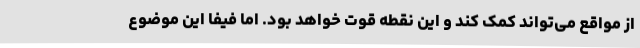
از مواقع می‌تواند کمک کند و این نقطه قوت خواهد بود. اما فیفا این موضوع